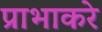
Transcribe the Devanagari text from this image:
प्राभाकरे